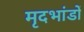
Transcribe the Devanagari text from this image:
मृदभांडों